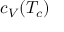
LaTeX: c _ { V } ( T _ { c } )